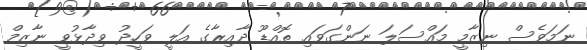
ނަމަވެސް ނިޒާމީ މައްސަލަ ނަންގަވައި ތޮއްޑޫ ދާއިރާގެ އަލީ ވަހީދު ވިދާޅުވީ ނާޒިމް